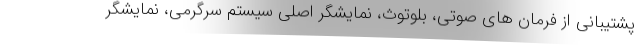
پشتیبانی از فرمان های صوتی، بلوتوث، نمایشگر اصلی سیستم سرگرمی، نمایشگر